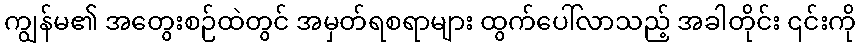
ကျွန်မ၏ အတွေးစဉ်ထဲတွင် အမှတ်ရစရာများ ထွက်ပေါ်လာသည့် အခါတိုင်း ၎င်းကို